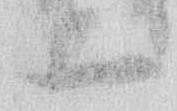
二